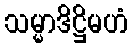
သမ္မာဒိဋ္ဌိမဟံ